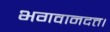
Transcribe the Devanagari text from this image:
भगवानदत्त।